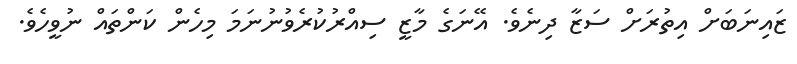
ޒައިނަބަށް އިތުރަށް ސަޒާ ދިނެވެ. އޭނަގެ މާޒީ ސިއްރުކުރެވުނުނަމަ މިހެން ކަންތައް ނުވީހެވެ.